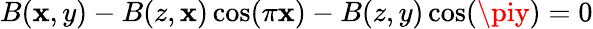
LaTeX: B(\mathbf{x},y)-B(z,\mathbf{x})\cos(\pi\mathbf{x})-B(z,y)\cos(\piy)=0